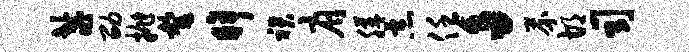
鬣劭抛罄眸裙肩膳恶任多芥胡司